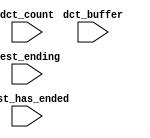
module ddr3_s4_uniphy_example_sim_ddr3_s4_uniphy_example_sim_e0_if0_p0_qsys_sequencer_cpu_inst_oci_test_bench (
                                                                                                                // inputs:
                                                                                                                 dct_buffer,
                                                                                                                 dct_count,
                                                                                                                 test_ending,
                                                                                                                 test_has_ended
                                                                                                              )
;

  input   [ 29: 0] dct_buffer;
  input   [  3: 0] dct_count;
  input            test_ending;
  input            test_has_ended;


endmodule